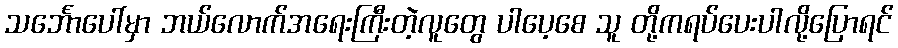
သင်္ဘောပေါ်မှာ ဘယ်လောက်အရေးကြီးတဲ့လူတွေ ပါပေ့စေ သူ တို့ကရပ်ပေးပါလို့ပြောရင်